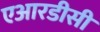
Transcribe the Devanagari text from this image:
एआरडीसी